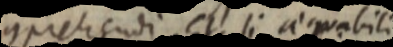
comprehendi et si aequabili